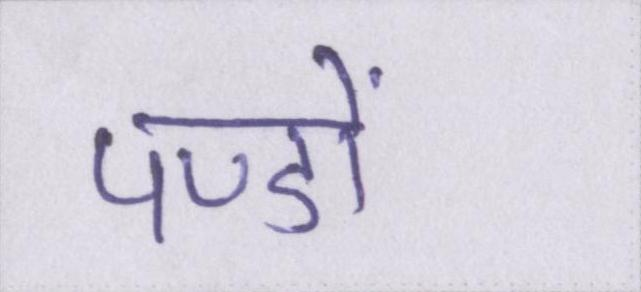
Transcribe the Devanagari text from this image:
पण्डों